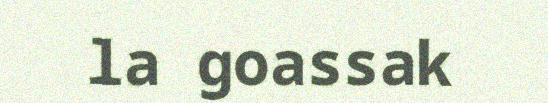
la goassak